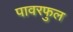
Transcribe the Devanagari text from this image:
पावरफुल